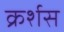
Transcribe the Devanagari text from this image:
क्रर्शस